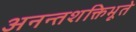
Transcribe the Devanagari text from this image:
अनन्तशक्तिभूते